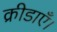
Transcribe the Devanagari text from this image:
क्रीडाएँ।